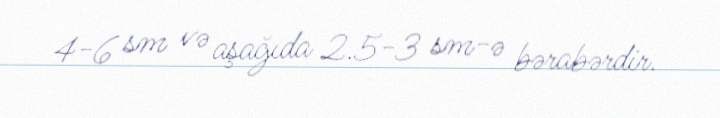
4-6 sm və aşağıda 2.5-3 sm-ə bərabərdir.